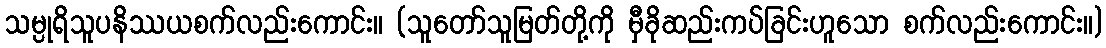
သမ္ပုရိသူပနိဿယစက်လည်းကောင်း။ (သူတော်သူမြတ်တို့ကို မှီခိုဆည်းကပ်ခြင်းဟူသော စက်လည်းကောင်း။)